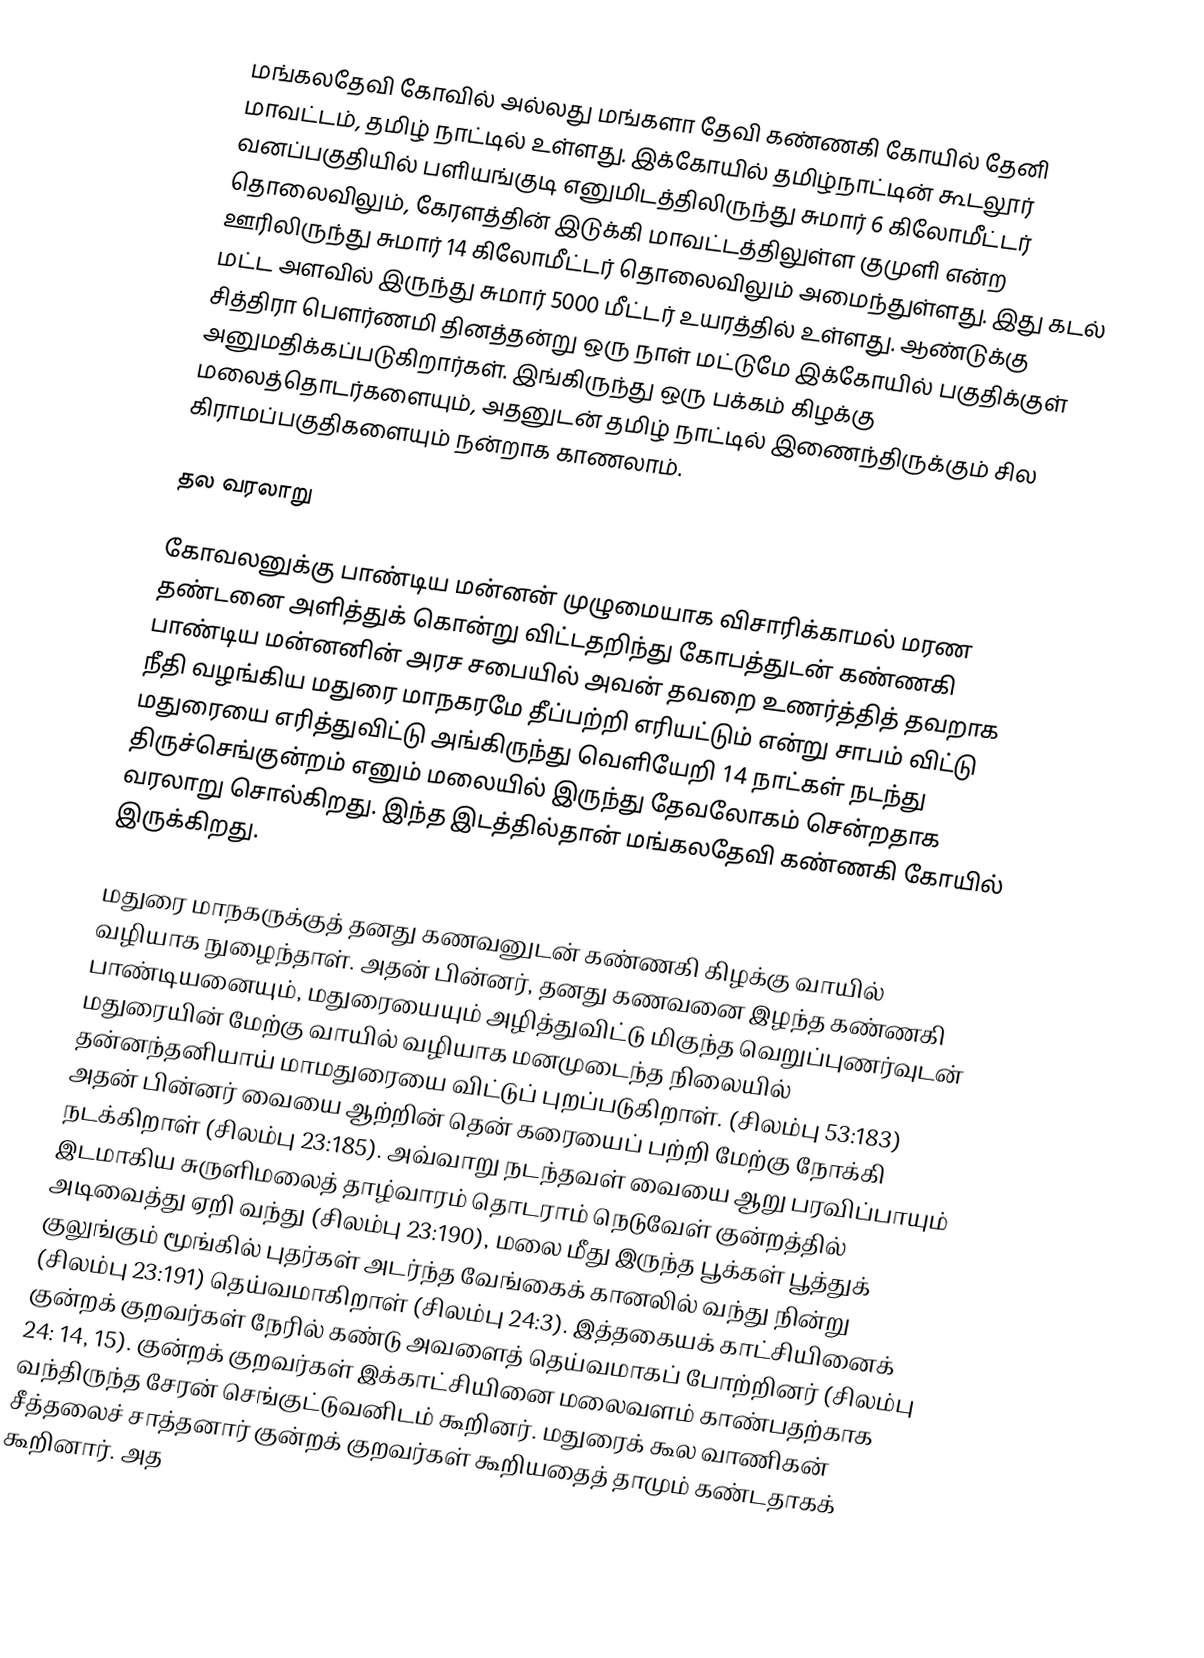
மங்கலதேவி கோவில் அல்லது மங்களா தேவி கண்ணகி கோயில் தேனி மாவட்டம், தமிழ் நாட்டில் உள்ளது. இக்கோயில்  தமிழ்நாட்டின் கூடலூர் வனப்பகுதியில் பளியங்குடி எனுமிடத்திலிருந்து சுமார் 6 கிலோமீட்டர் தொலைவிலும், கேரளத்தின் இடுக்கி மாவட்டத்திலுள்ள குமுளி என்ற ஊரிலிருந்து சுமார் 14 கிலோமீட்டர் தொலைவிலும் அமைந்துள்ளது. இது கடல் மட்ட அளவில் இருந்து சுமார் 5000 மீட்டர் உயரத்தில் உள்ளது. ஆண்டுக்கு சித்திரா பௌர்ணமி தினத்தன்று ஒரு நாள் மட்டுமே  இக்கோயில் பகுதிக்குள் அனுமதிக்கப்படுகிறார்கள். இங்கிருந்து ஒரு பக்கம் கிழக்கு மலைத்தொடர்களையும், அதனுடன் தமிழ் நாட்டில் இணைந்திருக்கும் சில கிராமப்பகுதிகளையும் நன்றாக காணலாம்.

தல வரலாறு

கோவலனுக்கு பாண்டிய மன்னன் முழுமையாக விசாரிக்காமல் மரண தண்டனை அளித்துக் கொன்று விட்டதறிந்து கோபத்துடன் கண்ணகி பாண்டிய மன்னனின் அரச சபையில் அவன் தவறை உணர்த்தித் தவறாக நீதி வழங்கிய மதுரை மாநகரமே தீப்பற்றி எரியட்டும் என்று சாபம் விட்டு மதுரையை எரித்துவிட்டு அங்கிருந்து வெளியேறி 14 நாட்கள் நடந்து திருச்செங்குன்றம் எனும் மலையில் இருந்து தேவலோகம் சென்றதாக வரலாறு சொல்கிறது. இந்த இடத்தில்தான் மங்கலதேவி கண்ணகி கோயில் இருக்கிறது.

மதுரை மாநகருக்குத் தனது கணவனுடன் கண்ணகி கிழக்கு வாயில் வழியாக நுழைந்தாள். அதன் பின்னர், தனது கணவனை இழந்த கண்ணகி பாண்டியனையும், மதுரையையும் அழித்துவிட்டு மிகுந்த வெறுப்புணர்வுடன் மதுரையின் மேற்கு வாயில் வழியாக மனமுடைந்த நிலையில் தன்னந்தனியாய் மாமதுரையை விட்டுப் புறப்படுகிறாள். (சிலம்பு 53:183) அதன் பின்னர் வையை ஆற்றின் தென் கரையைப் பற்றி மேற்கு நோக்கி நடக்கிறாள் (சிலம்பு 23:185). அவ்வாறு நடந்தவள் வையை ஆறு பரவிப்பாயும் இடமாகிய சுருளிமலைத் தாழ்வாரம் தொடராம் நெடுவேள் குன்றத்தில் அடிவைத்து ஏறி வந்து (சிலம்பு 23:190), மலை மீது இருந்த பூக்கள் பூத்துக் குலுங்கும் மூங்கில் புதர்கள் அடர்ந்த வேங்கைக் கானலில் வந்து நின்று (சிலம்பு 23:191) தெய்வமாகிறாள் (சிலம்பு 24:3). இத்தகையக் காட்சியினைக் குன்றக் குறவர்கள் நேரில் கண்டு அவளைத் தெய்வமாகப் போற்றினர் (சிலம்பு 24: 14, 15). குன்றக் குறவர்கள் இக்காட்சியினை மலைவளம் காண்பதற்காக வந்திருந்த சேரன் செங்குட்டுவனிடம் கூறினர். மதுரைக் கூல வாணிகன் சீத்தலைச் சாத்தனார் குன்றக் குறவர்கள் கூறியதைத் தாமும் கண்டதாகக் கூறினார். அத